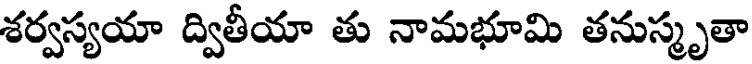
శర్వస్యయా ద్వితీయా తు నామభూమి తనుస్మృతా